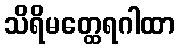
သိရိမတ္ထေရဂါထာ